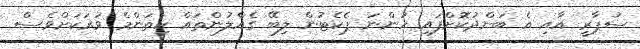
ސުޕާރީ އާއި އެ ބަންދުކޮށްފައި ހުންނަ ޕެކެޓުން ލިބޭ ގެއްލުންތައް ކިތަންމެ ވަރަކަށްވެސް